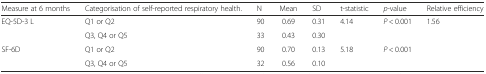
| Measure at 6 months | Categorisation of self-reported respiratory health. | N | Mean | SD | t-statistic | p-value | Relative efficiency |
 | --- | --- | --- | --- | --- | --- | --- | --- |
 | EQ-5D-3 L | Q1 or Q2 | 90 | 0.69 | 0.31 | <ROWSPAN=2> 4.14 | <ROWSPAN=2> P < 0.001 | <ROWSPAN=4> 1.56 |
 |  | Q3, Q4 or Q5 | 33 | 0.43 | 0.30 |
 | SF-6D | Q1 or Q2 | 90 | 0.70 | 0.13 | <ROWSPAN=2> 5.18 | <ROWSPAN=2> P < 0.001 |
 |  | Q3, Q4 or Q5 | 32 | 0.56 | 0.10 |